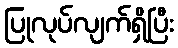
ပြုလုပ်လျက်ရှိပြီး